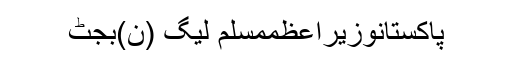
پاکستانوزیراعظممسلم لیگ (ن)بجٹ